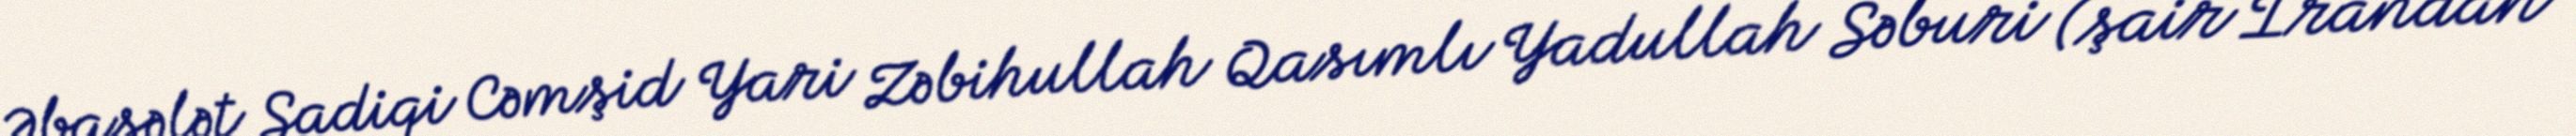
Əbasələt Sadiqi Cəmşid Yari Zəbihullah Qasımlı Yadullah Səburi (şair İrandan